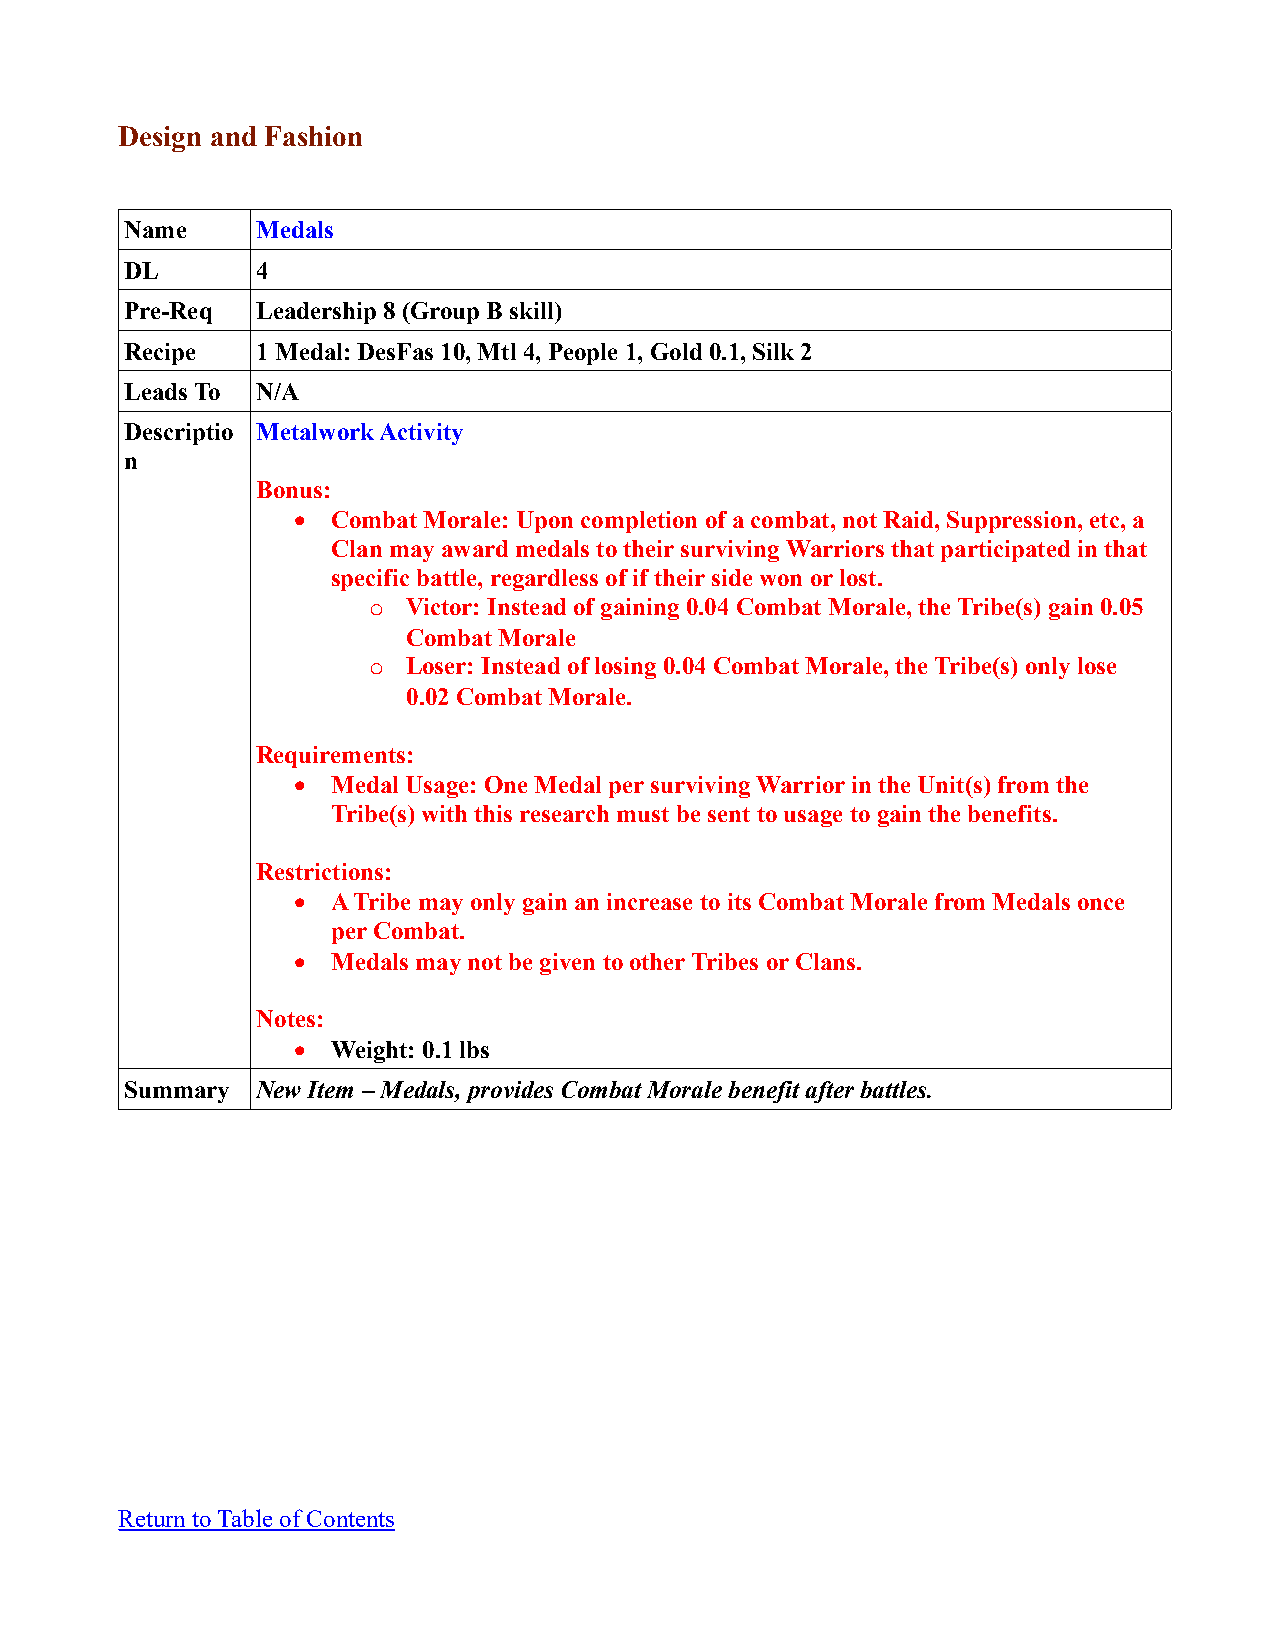
Design and Fashion
 Name     Medals
 DL       4
 Pre-Req  Leadership 8 (Group B skill)
 Recipe   1 Medal: DesFas 10, Mtl 4, People 1, Gold 0.1, Silk 2
 Leads To N/A
 Descriptio Metalwork Activity
 n
 Bonus:
   Combat Morale: Upon completion of a combat, not Raid, Suppression, etc, a
 Clan may award medals to their surviving Warriors that participated in that
 specific battle, regardless of if their side won or lost.
 o  Victor: Instead of gaining 0.04 Combat Morale, the Tribe(s) gain 0.05
 Combat Morale
 o  Loser: Instead of losing 0.04 Combat Morale, the Tribe(s) only lose
 0.02 Combat Morale.
 Requirements:
   Medal Usage: One Medal per surviving Warrior in the Unit(s) from the
 Tribe(s) with this research must be sent to usage to gain the benefits.
 Restrictions:
   A Tribe may only gain an increase to its Combat Morale from Medals once
 per Combat.
   Medals may not be given to other Tribes or Clans.
 Notes:
   Weight: 0.1 lbs
 Summary  New Item – Medals, provides Combat Morale benefit after battles.
 Return to Table of Contents